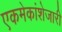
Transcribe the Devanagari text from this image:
एकमेकांशेजारी